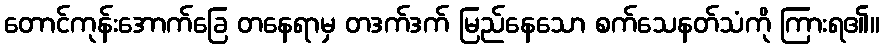
တောင်ကုန်းအောက်ခြေ တနေရာမှ တဒက်ဒက် မြည်နေသော စက်သေနတ်သံကို ကြားရ၏။